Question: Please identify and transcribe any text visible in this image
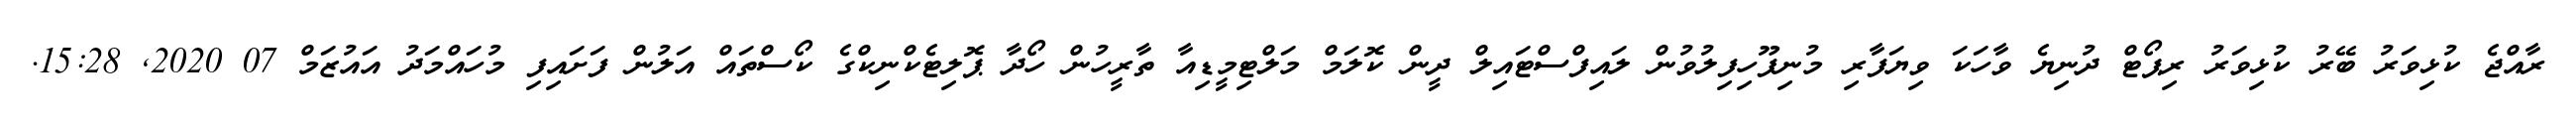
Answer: ރާއްޖެ ކުޅިވަރު ބޭރު ކުޅިވަރު ރިޕޯޓް ދުނިޔެ ވާހަކަ ވިޔަފާރި މުނިފޫހިފިލުވުން ލައިފްސްޓައިލް ދީން ކޮލަމް މަލްޓިމީޑިއާ ތާރީހުން ހޯދާ ޕޮލިޓެކްނިކްގެ ކޯސްތައް އަލުން ފަށައިފި މުހައްމަދު އައުޒަމް 07 2020, 15:28.